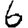
Digit: 6